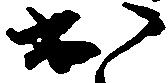
出